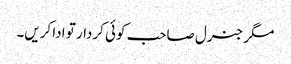
مگر جنرل صاحب کوئی کردار تو ادا کریں۔